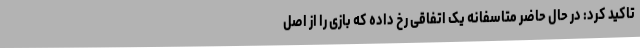
تاکید کرد: در حال حاضر متاسفانه یک اتفاقی رخ داده که بازی را از اصل